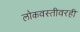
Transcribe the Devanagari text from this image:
लोकवस्तीवरही